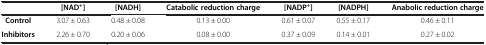
|  | [NAD+] | [NADH] | Catabolic reduction charge | [NADP+] | [NADPH] | Anabolic reduction charge |
 | --- | --- | --- | --- | --- | --- | --- |
 | Control | 3.07 ± 0.63 | 0.48 ± 0.08 | 0.13 ± 0.00 | 0.61 ± 0.07 | 0.55 ± 0.17 | 0.46 ± 0.11 |
 | Inhibitors | 2.26 ± 0.70 | 0.20 ± 0.06 | 0.08 ± 0.00 | 0.37 ± 0.09 | 0.14 ± 0.01 | 0.27 ± 0.02 |